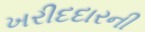
ખરીદદારની